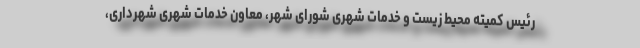
رئیس کمیته محیط زیست و خدمات شهری شورای شهر، معاون خدمات شهری شهرداری،